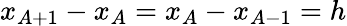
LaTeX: x_{A+1}-x_{A}=x_{A}-x_{A-1}=h